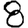
Digit: 8